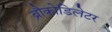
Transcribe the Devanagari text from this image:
ब्रौकोडिलेटर